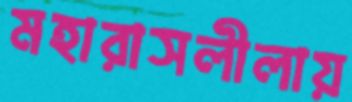
মহারাসলীলায়